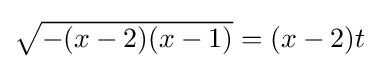
{\textstyle {\sqrt {-(x-2)(x-1)}}=(x-2)t}